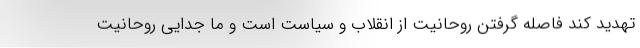
تهدید کند فاصله گرفتن روحانیت از انقلاب و سیاست است و ما جدایی روحانیت